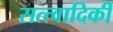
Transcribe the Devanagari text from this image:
सत्त्वादिकीं